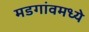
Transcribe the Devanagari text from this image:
मडगांवमध्ये